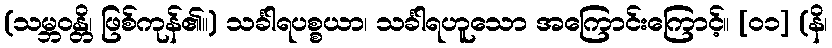
(သမ္ဘဝန္တိ၊ ဖြစ်ကုန်၏။) သင်္ခါရပစ္စယာ၊ သင်္ခါရဟူသော အကြောင်းကြောင့်။ [၀၁] (နိ၊